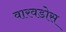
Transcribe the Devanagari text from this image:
वारवडोस